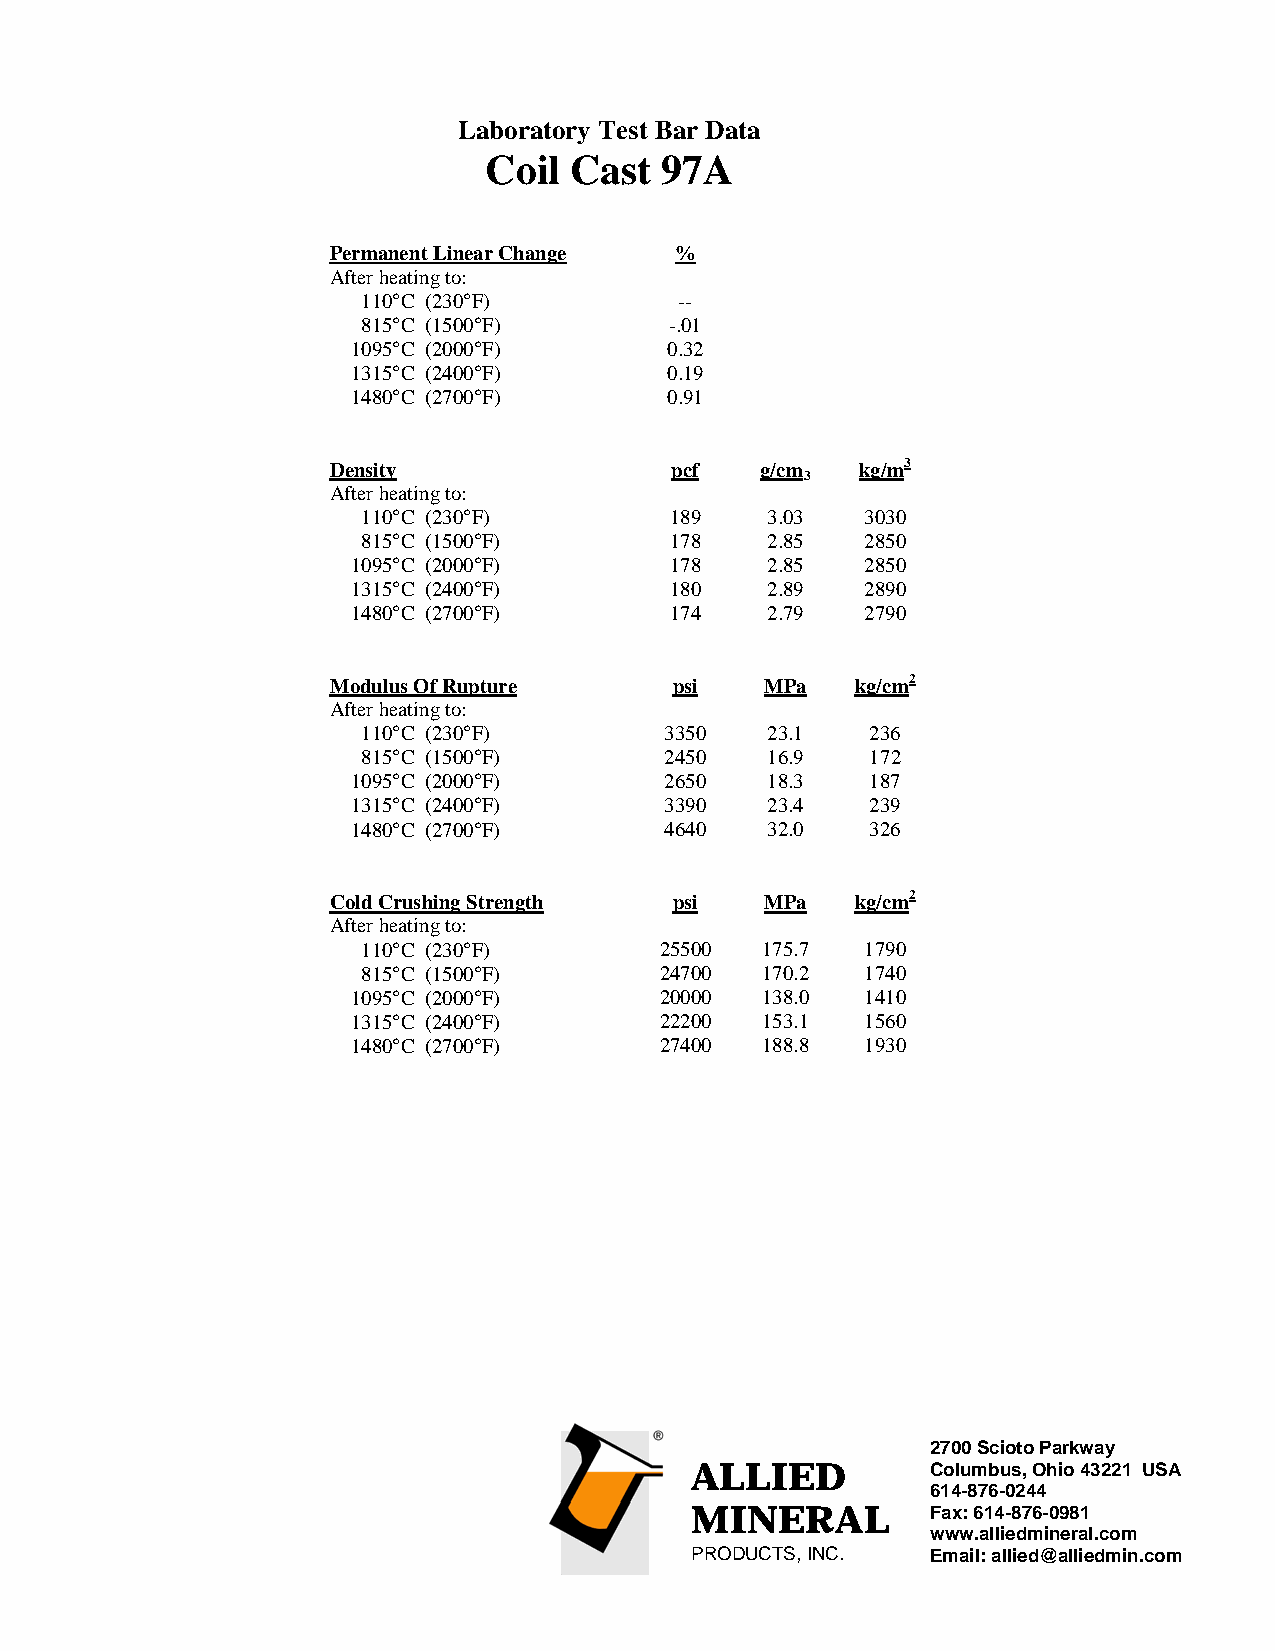
Laboratory Test Bar Data
 Coil  Cast  97A
 Permanent Linear Change %
 After heating to:
 110°C (230°F)        --
 815°C (1500°F)      -.01
 1095°C (2000°F)      0.32
 1315°C (2400°F)      0.19
 1480°C (2700°F)      0.91
 Density               pcf   g/cm   kg/m3
 3
 After heating to:
 110°C (230°F)       189    3.03  3030
 815°C (1500°F)      178    2.85  2850
 1095°C (2000°F)      178    2.85  2850
 1315°C (2400°F)      180    2.89  2890
 1480°C (2700°F)      174    2.79  2790
 Modulus Of Rupture     psi   MPa   kg/cm2
 After heating to:
 110°C (230°F)       3350   23.1   236
 815°C (1500°F)      2450   16.9   172
 1095°C (2000°F)      2650   18.3   187
 1315°C (2400°F)      3390   23.4   239
 1480°C (2700°F)      4640   32.0   326
 Cold Crushing Strength psi   MPa   kg/cm2
 After heating to:
 110°C (230°F)       25500 175.7  1790
 815°C (1500°F)      24700 170.2  1740
 1095°C (2000°F)      20000 138.0  1410
 1315°C (2400°F)      22200 153.1  1560
 1480°C (2700°F)      27400 188.8  1930
 2700 Scioto Parkway
 ALLIED          Columbus, Ohio 43221 USA
 614-876-0244
 MINERAL         Fax: 614-876-0981
 www.alliedmineral.com
 PRODUCTS, INC.  Email: allied@alliedmin.com